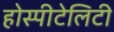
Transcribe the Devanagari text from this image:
होस्पीटेलिटी